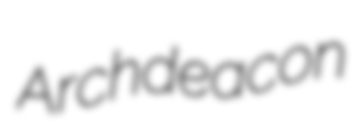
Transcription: Archdeacon